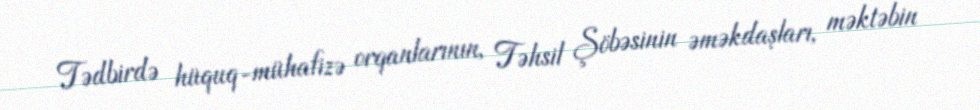
Tədbirdə hüquq-mühafizə orqanlarının, Təhsil Şöbəsinin əməkdaşları, məktəbin